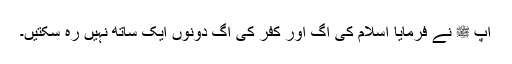
آپ ﷺ نے فرمایا اسلام کی آگ اور کفر کی آگ دونوں ایک ساتھ نہیں رہ سکتیں۔